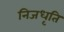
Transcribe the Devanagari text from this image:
निजधृति